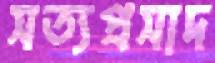
সত্যপ্রসাদ